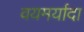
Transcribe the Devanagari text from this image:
वयमर्यादा